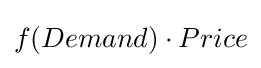
f(Demand)\cdot Price